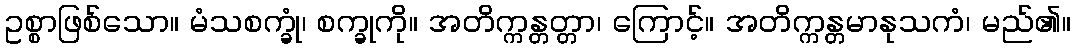
ဥစ္စာဖြစ်သော။ မံသစက္ခုံ၊ စက္ခုကို။ အတိက္ကန္တတ္တာ၊ ကြောင့်။ အတိက္ကန္တမာနုသကံ၊ မည်၏။